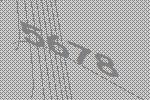
5678